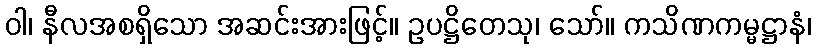
ဝါ၊ နီလအစရှိသော အဆင်းအားဖြင့်။ ဥပဋ္ဌိတေသု၊ သော်။ ကသိဏကမ္မဋ္ဌာနံ၊